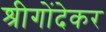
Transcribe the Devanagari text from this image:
श्रीगोंदेकर